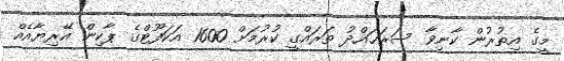
މީގެ އިތުރުން ކާނިވާ ސަރަހައްދު ތަރައްގީ ކުރުމަށް 1600 އަކަފޫޓްގެ ޕާކިން އޭރިޔާއެއް